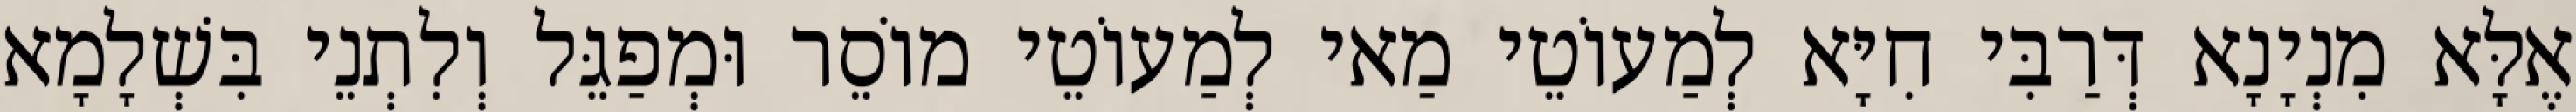
אֶלָּא מִנְיָנָא דְּרַבִּי חִיָּא לְמַעוֹטֵי מַאי לְמַעוֹטֵי מוֹסֵר וּמְפַגֵּל וְלִתְנֵי בִּשְׁלָמָא